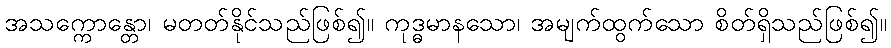
အသက္ကောန္တော၊ မတတ်နိုင်သည်ဖြစ်၍။ ကုဒ္ဓမာနသော၊ အမျက်ထွက်သော စိတ်ရှိသည်ဖြစ်၍။